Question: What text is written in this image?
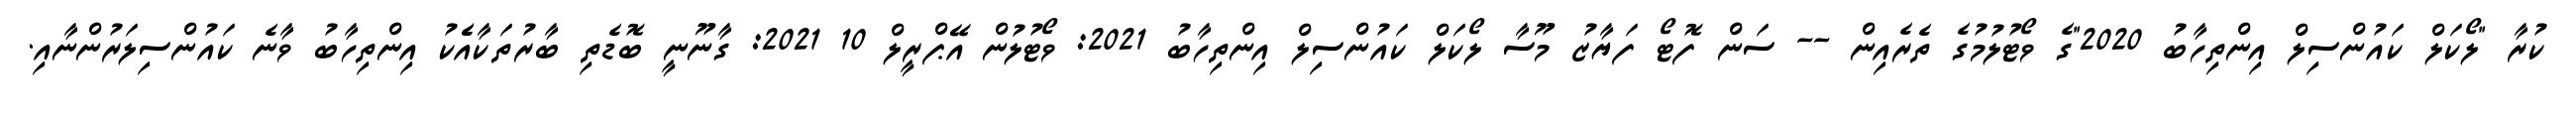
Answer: ކުރާ "ލޯކަލް ކައުންސިލް އިންތިހާބު 2020"ގެ ވޯޓުލުމުގެ ތެރެއިން -- ސަން ފޮޓޯ ފަޔާޒު މޫސާ ލޯކަލް ކައުންސިލް އިންތިހާބު 2021: ވޯޓުލުން އޭޕްރީލް 10 2021: ގާނޫނީ ބޮޑެތި ބާރުތަކާއެެކު އިންތިހާބު ވާނެ ކައުންސިލަރުންނާއި.